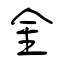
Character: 金